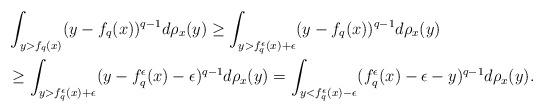
LaTeX: \begin{align*}&\int_{y>f_q(x)}(y-f_q(x))^{q-1}d\rho_x(y)\geq \int_{y>f_q^\epsilon(x)+\epsilon}(y-f_q(x))^{q-1}d\rho_x(y)\\&\geq\int_{y>f_q^\epsilon(x)+\epsilon}(y-f_q^\epsilon(x)-\epsilon)^{q-1}d\rho_x(y)=\int_{y<f_q^\epsilon(x)-\epsilon}(f_q^\epsilon(x)-\epsilon-y)^{q-1}d\rho_x(y).\end{align*}